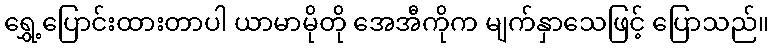
ရွှေ့ပြောင်းထားတာပါ ယာမာမိုတို အေအီကိုက မျက်နှာသေဖြင့် ပြောသည်။